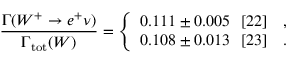
\frac { \Gamma ( W ^ { + } \to e ^ { + } \nu ) } { \Gamma _ { \mathrm { t o t } } ( W ) } = \left\{ \begin{array} { l } { { 0 . 1 1 1 \pm 0 . 0 0 5 ~ ~ [ 2 2 ] ~ ~ ~ , } } \\ { { 0 . 1 0 8 \pm 0 . 0 1 3 ~ ~ [ 2 3 ] ~ ~ ~ . } } \end{array} \right.